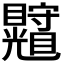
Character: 𥍄